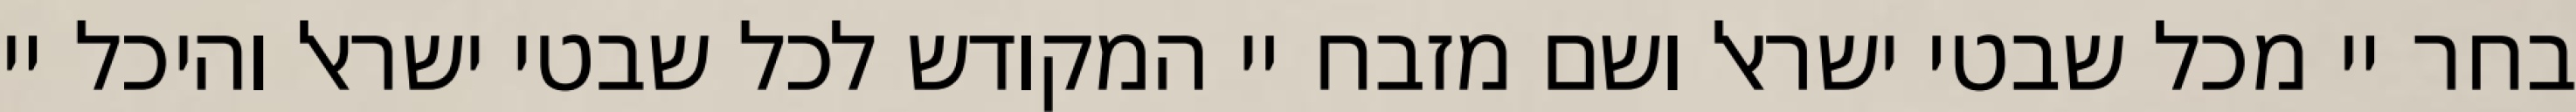
בחר יי מכל שבטי ישראל ושם מזבח יי המקודש לכל שבטי ישראל והיכל יי